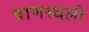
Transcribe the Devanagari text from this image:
वाणस्थली